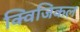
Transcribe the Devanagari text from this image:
क्विजिकल